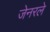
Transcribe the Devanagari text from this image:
जेनरले